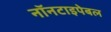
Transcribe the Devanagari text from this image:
नॉनटाइपेबल